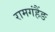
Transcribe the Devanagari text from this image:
रामगंहैंङ